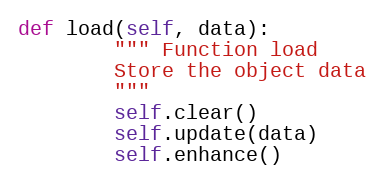
Language: Python
def load(self, data):
        """ Function load
        Store the object data
        """
        self.clear()
        self.update(data)
        self.enhance()